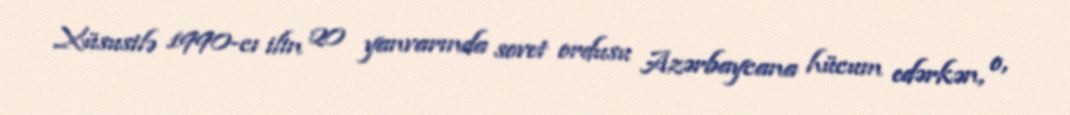
Xüsusilə 1990-cı ilin 20 yanvarında sovet ordusu Azərbaycana hücum edərkən, o,